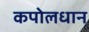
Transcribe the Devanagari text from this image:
कपोलधान